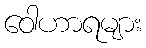
ဝေါဟာရများ